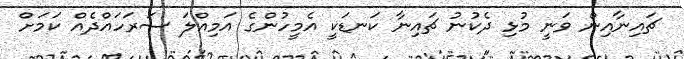
ޗައިނާއިން ވަނީ މުޅި ދެކުނު ޗައިނާ ކަނޑަކީ އެމީހުންގެ އަމިއްލަ ސަރަހައްދެއް ކަމަށް